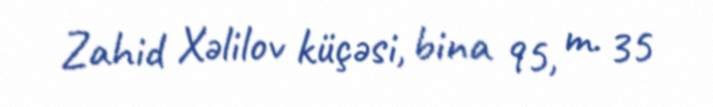
Zahid Xəlilov küçəsi, bina 95, m. 35